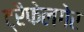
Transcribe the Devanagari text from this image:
ट्रैफेलगेर